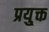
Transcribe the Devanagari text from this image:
प्रयु्क्त